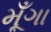
મૂઁગા